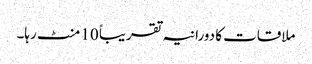
ملاقات کا دورانیہ تقریباً 10 منٹ رہا۔